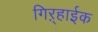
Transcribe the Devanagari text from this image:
गिऱ्हाईक